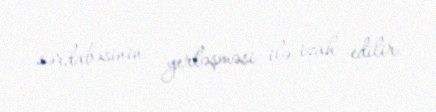
sərdabəsinin yerləşməsi ilə izah edilir.